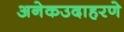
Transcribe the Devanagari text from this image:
अनेकउदाहरणे